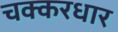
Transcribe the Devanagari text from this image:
चक्करधार